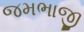
જમભાજી